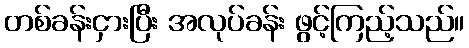
တစ်ခန်းငှားပြီး အလုပ်ခန်း ဖွင့်ကြည့်သည်။